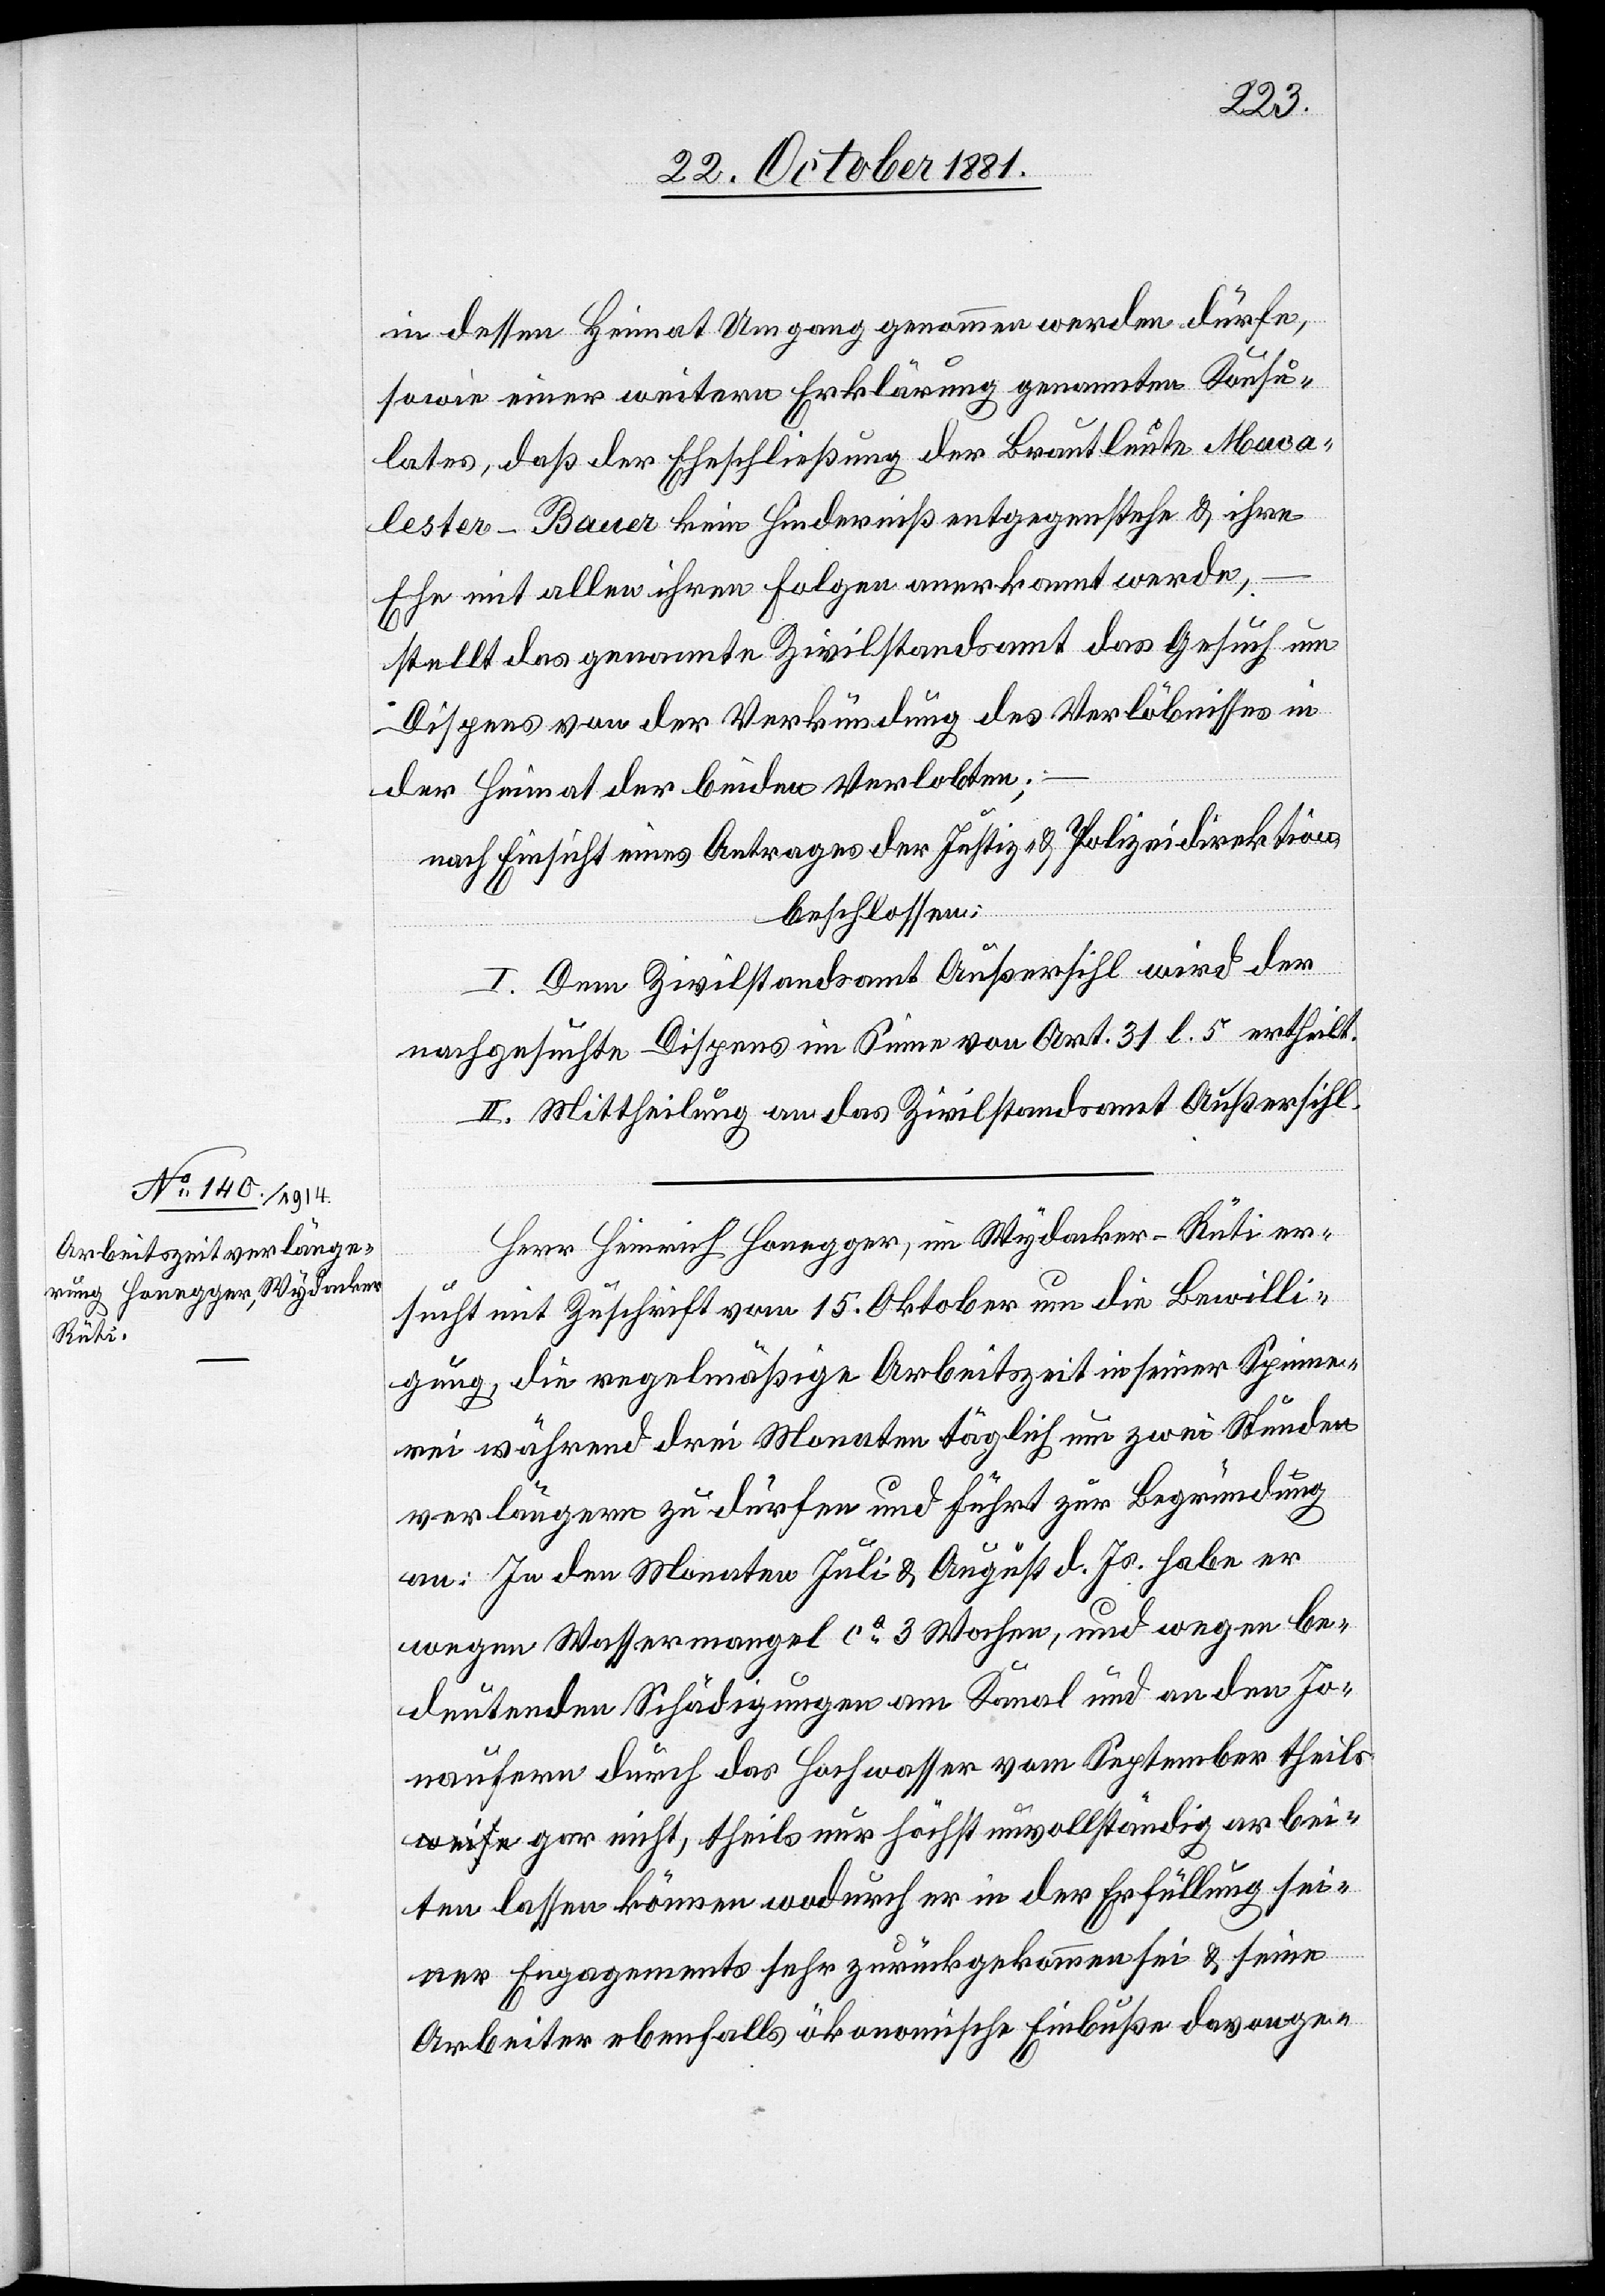
in dessen Heimat Umgang genommen werden dürfe,
sowie einer weitern Erklärung genannten Konsu¬
lates, daß der Eheschließung der Brautleute Maca¬
lester-Bauer kein Hinderniß entgegenstehe & ihre
Ehe mit allen ihren Folgen anerkannt werde,
stellt das genannte Zivilstandsamt das Gesuch um
Dispens von der Verkündung des Verlöbnisses in
der Heimat der beiden Verlobten;
nach Einsicht eines Antrages der Justiz- & Polizeidirektion,
beschlossen:
I. Dem Zivilstandsamt Außersihl wird der
nachgesuchte Dispens im Sinne von Art. 31 l. 5 ertheilt.
II. Mittheilung an das Zivilstandsamt Außersihl.
Herr Heinrich Honegger, im Wydacker - Rüti er¬
sucht mit Zuschrift vom 15. Oktober um die Bewilli¬
gung, die regelmäßige Arbeitszeit in seiner Spinne¬
rei während drei Monaten täglich um zwei Stunden
verlängern zu dürfen und führt zur Begründung
an: In den Monaten Juli & August d. Js. habe er
wegen Wassermangel ca 3 Wochen, und wegen be¬
deutenden Schädigungen am Kanal und an den Jo¬
naufern durch das Hochwasser vom September theil¬
s gar nicht, theils nur höchst unvollständig arbei¬
ten lassen können wodurch er in der Erfüllung sei¬
ner Engagements sehr zurückgekommen sei & seine
Arbeiter ebenfalls ökonomische Einbuße davonge-